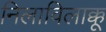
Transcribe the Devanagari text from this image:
निलाविलाक्कू